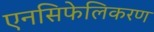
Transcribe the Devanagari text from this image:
एनसिफेलिकरण